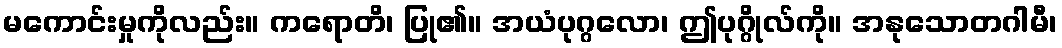
မကောင်းမှုကိုလည်း။ ကရောတိ၊ ပြု၏။ အယံပုဂ္ဂလော၊ ဤပုဂ္ဂိုလ်ကို။ အနုသောတဂါမီ၊